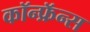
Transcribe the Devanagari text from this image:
कॉन्फ्रॅन्स